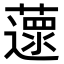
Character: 𦾽